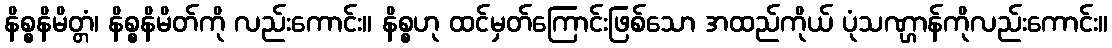
နိစ္စနိမိတ္တံ၊ နိစ္စနိမိတ်ကို လည်းကောင်း။ နိစ္စဟု ထင်မှတ်ကြောင်းဖြစ်သော အထည်ကိုယ် ပုံသဏ္ဌာန်ကိုလည်းကောင်း။